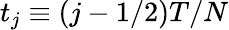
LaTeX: t_{j}\equiv(j-1/2)T/N